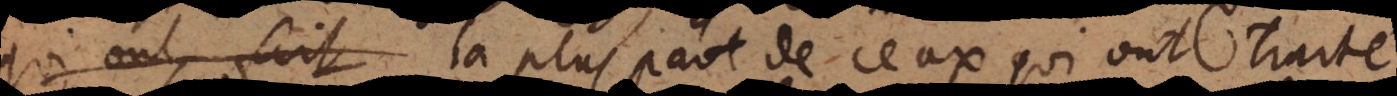
qui ont fait la plus part de ceux qui ont traité